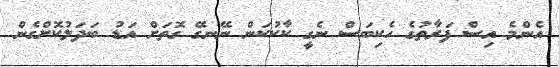
އެންމެ އިސް ފަރާތުގެ ހެކިބަސް ނެގީ ކާކުކަން ނޭނގޭ ގޮތަށް އަޑު ބަދަލުކޮށްގެން